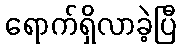
ရောက်ရှိလာခဲ့ပြီ